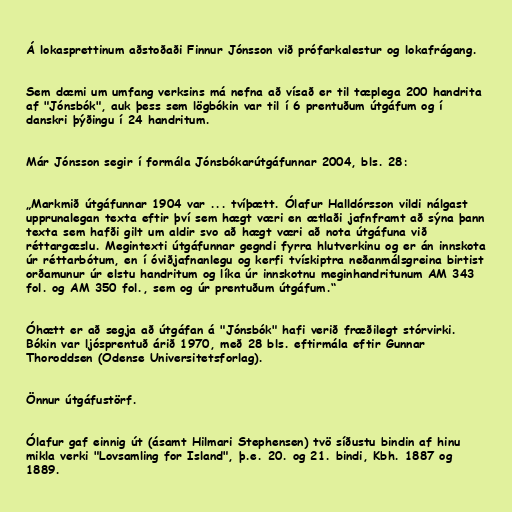
Á lokasprettinum aðstoðaði Finnur Jónsson við prófarkalestur og lokafrágang.

Sem dæmi um umfang verksins má nefna að vísað er til tæplega 200 handrita
af "Jónsbók", auk þess sem lögbókin var til í 6 prentuðum útgáfum og í
danskri þýðingu í 24 handritum.

Már Jónsson segir í formála Jónsbókarútgáfunnar 2004, bls. 28:

„Markmið útgáfunnar 1904 var ... tvíþætt. Ólafur Halldórsson vildi nálgast
upprunalegan texta eftir því sem hægt væri en ætlaði jafnframt að sýna þann
texta sem hafði gilt um aldir svo að hægt væri að nota útgáfuna við
réttargæslu. Megintexti útgáfunnar gegndi fyrra hlutverkinu og er án innskota
úr réttarbótum, en í óviðjafnanlegu og kerfi tvískiptra neðanmálsgreina birtist
orðamunur úr elstu handritum og líka úr innskotnu meginhandritunum AM 343
fol. og AM 350 fol., sem og úr prentuðum útgáfum.“

Óhætt er að segja að útgáfan á "Jónsbók" hafi verið fræðilegt stórvirki.
Bókin var ljósprentuð árið 1970, með 28 bls. eftirmála eftir Gunnar
Thoroddsen (Odense Universitetsforlag).

Önnur útgáfustörf.

Ólafur gaf einnig út (ásamt Hilmari Stephensen) tvö síðustu bindin af hinu
mikla verki "Lovsamling for Island", þ.e. 20. og 21. bindi, Kbh. 1887 og
1889.